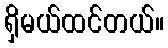
ရှိမယ်ထင်တယ်။